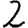
Digit: 2